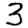
Digit: 3